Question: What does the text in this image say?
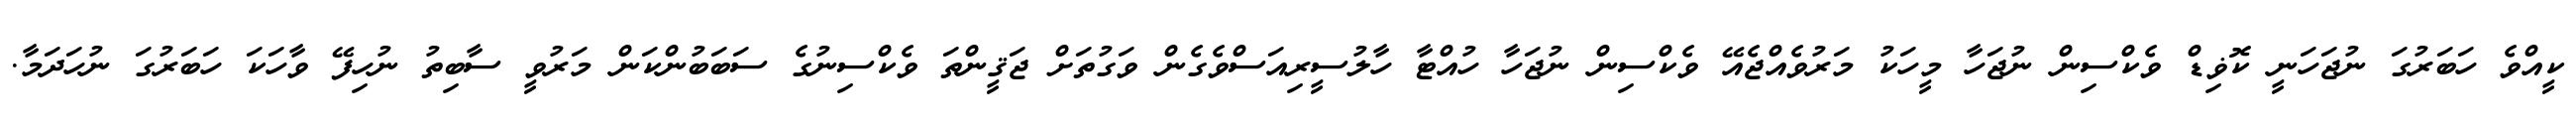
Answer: ކީއްވެ ހަބަރުގަ ނުޖަހަނީ ކޮޥިޑް ވެކްސިން ނުޖަހާ މީހަކު މަރުވެއްޖެއޭ ވެކްސިން ނުޖަހާ ހުއްޓާ ހާލުސީރިއަސްވެގެން ވަގުތަށް ޖަޤީންތަ ވެކްސިނުގެ ސަބަބުންކަން މަރުވީ ސާބިތު ނުހިފޭ ވާހަކަ ހަބަރުގަ ނުހަދަމާ.